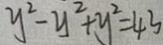
y ^ { 2 } - y ^ { 2 } + y ^ { 2 } = 4 3